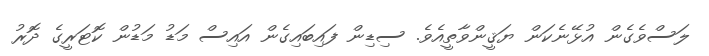
ލަސްވެގެން އުޅޭނެކަން ޔަޤީންވާތީއެވެ. ސިޑިން ފައިބައިގެން އައިސް މަޑު މަޑުން ކޮޓަރީގެ ދޮރު